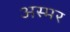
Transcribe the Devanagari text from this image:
अस्मर